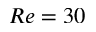
R e = 3 0